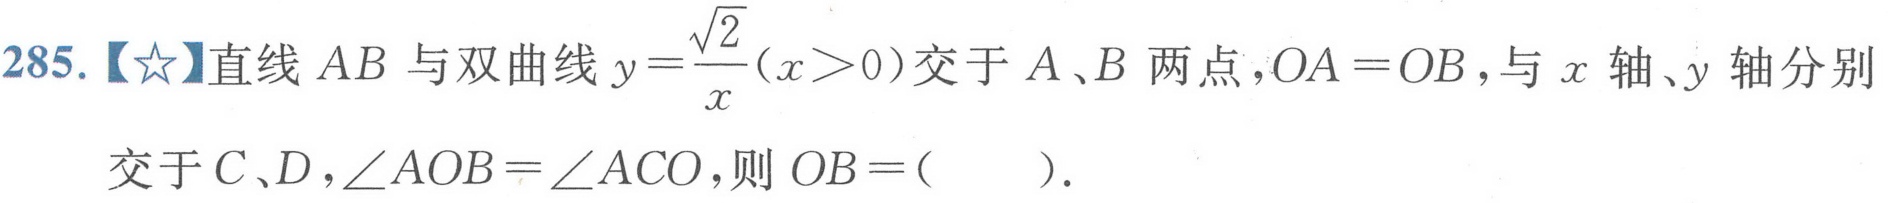
285.【☆】直线 \(AB\) 与双曲线\(y = \frac{\sqrt{2}}{x}(x>0)\)交于 \(A、B\) 两点，\(OA = OB\)，与 \(x\) 轴、\(y\) 轴分别交于 \(C、D\)，\(\angle AOB=\angle ACO\)，则 \(OB = (\quad)\).